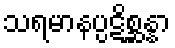
သရမာနပ္ပဋိစ္ဆန္နာ